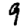
Digit: 9